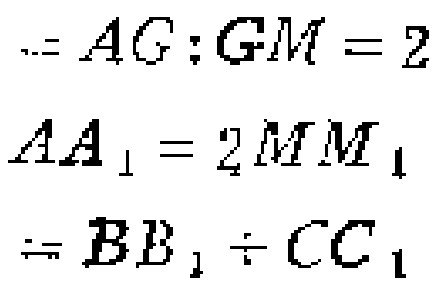
$\therefore AG:GM = 2$

$AA_{1}=2MM_{1}$

$=BB_{1}+CC_{1}$